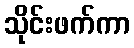
သိုင်းဖက်ကာ